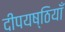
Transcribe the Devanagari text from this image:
दीपयष्ठियाँ